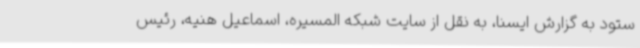
ستود به گزارش ایسنا، به نقل از سایت شبکه المسیره، اسماعیل هنیه، رئیس